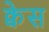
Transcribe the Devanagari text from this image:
क्वेस